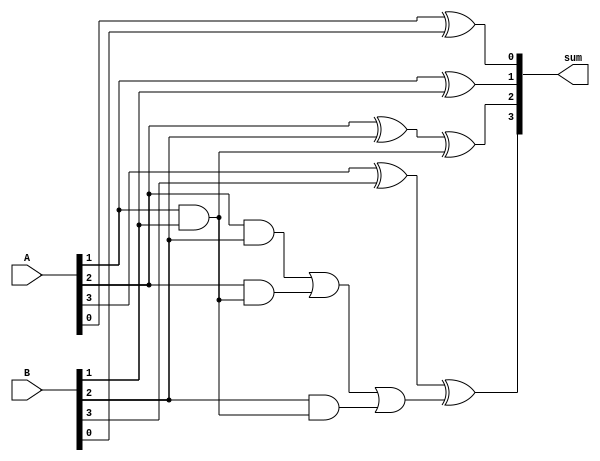
module four_bit_adder(input [3:0] A, B,
                      output reg [3:0] sum);
                      
  reg [3:0] carry;
  reg [3:0] sum_temp;

  assign carry[0] = 0;
  assign sum[0] = A[0] ^ B[0] ^ carry[0];
  
  always @(A or B) begin
    carry[1] = ((A[1] & B[1]) | (A[1] & carry[0]) | (B[1] & carry[0]));
    sum_temp[1] = A[1] ^ B[1] ^ carry[0];
  end
  
  always @(A or B) begin
    carry[2] = ((A[2] & B[2]) | (A[2] & carry[1]) | (B[2] & carry[1]));
    sum_temp[2] = A[2] ^ B[2] ^ carry[1];
  end
  
  always @(A or B) begin
    carry[3] = ((A[3] & B[3]) | (A[3] & carry[2]) | (B[3] & carry[2]));
    sum_temp[3] = A[3] ^ B[3] ^ carry[2];
  end

  always @(*) begin
    sum = sum_temp;
  end

endmodule